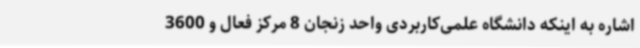
اشاره به اینکه دانشگاه علمی‌کاربردی واحد زنجان 8 مرکز فعال و 3600